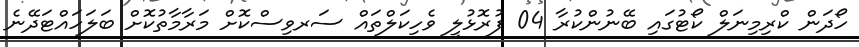
ހޯދަން ކްރިމިނަލް ކޯޓުގައި ބޭނުންކުރާ 04 ފުރޮޅުލީ ވެހިކަލްތައް ސަރވިސްކޮށް މަރާމާތުކޮށް ބަލަހައްޓަދޭނެ